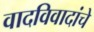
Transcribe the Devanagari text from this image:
वादविवादांचे